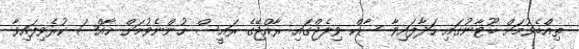
ތިއްބެވުމަށް ބޫޓާނުގައި ހަދާފައިވާ ސާކް ވިލެޖްގައި ރާއްޖޭގެ ރައީސް ހުންނެވުމަށް ޚާއްޞަ ކުރެވިފައިވާ